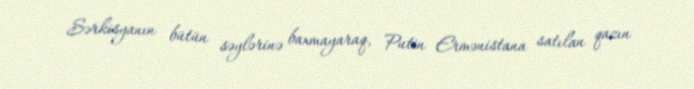
Sərkisyanın bütün səylərinə baxmayaraq, Putin Ermənistana satılan qazın